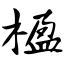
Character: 楹